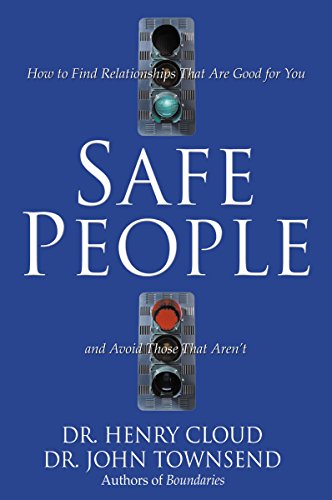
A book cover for Safe People: How to Find Relationships That Are Good for You and Avoid Those That Aren't; Henry Cloud; Christian Books & Bibles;